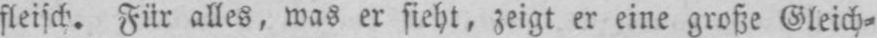
fleisch. Für alles, was er sieht, zeigt er eine große Gleich⸗